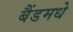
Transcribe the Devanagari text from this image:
बैंडमधे